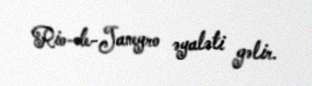
Rio-de-Janeyro əyaləti gəlir.